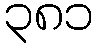
၃၈၁